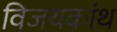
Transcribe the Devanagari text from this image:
विजयकांथ